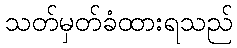
သတ်မှတ်ခံထားရသည်